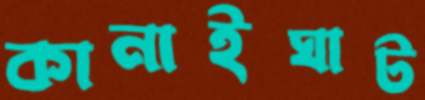
কানাইঘাট